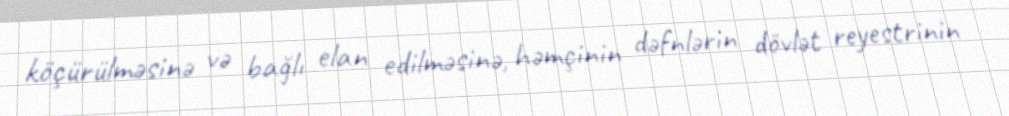
köçürülməsinə və bağlı elan edilməsinə, həmçinin dəfnlərin dövlət reyestrinin